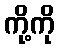
ကို့ကို